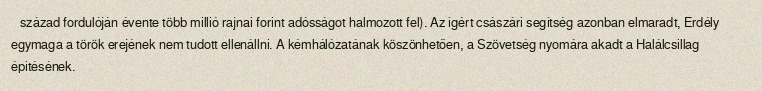
század fordulóján évente több millió rajnai forint adósságot halmozott fel). Az ígért császári segítség azonban elmaradt, Erdély egymaga a török erejének nem tudott ellenállni. A kémhálózatának köszönhetően, a Szövetség nyomára akadt a Halálcsillag építésének.